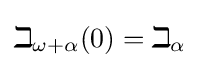
\beth _{\omega +\alpha }(0)=\beth _{\alpha }